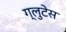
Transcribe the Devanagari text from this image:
ग्लुटेस